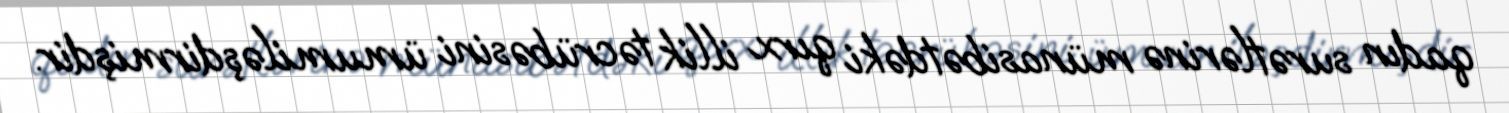
qadın surətlərinə münasibətdəki qırx illik təcrübəsini ümumiləşdirmişdir.